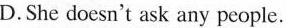
D.She doesn't ask any people.